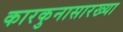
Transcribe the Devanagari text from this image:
कारकुनासारख्या